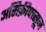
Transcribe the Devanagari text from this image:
असिक्रीपासून